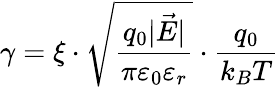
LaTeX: \gamma=\xi\cdot\sqrt{\frac{q_{0}\lvert\vec{E}\rvert}{\pi\varepsilon_{0}\varepsilon_{r}}}\cdot{\frac{q_{0}}{k_{B}T}}